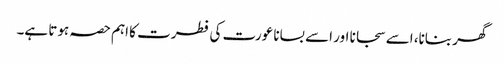
گھر بنانا، اسے سجانا اور اسے بسانا عورت کی فطرت کا اہم حصہ ہوتا ہے۔